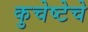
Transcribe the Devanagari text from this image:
कुचेष्टेचे